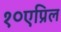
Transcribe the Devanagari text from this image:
१०एप्रिल